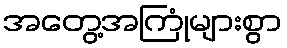
အတွေ့အကြုံများစွာ